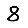
Digit: 8